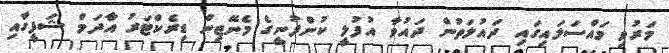
މަރުވި މައްސަލައިގައި ދައުލަތުން ދައުވާ އުފުލީ ކުންފުނީގެ މެނޭޖިން ޑިރެކްޓަރު އާދަމް ޝަފީގާއި